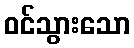
ဝင်သွားသော